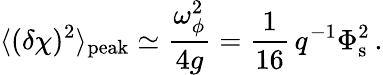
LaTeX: \langle(\delta\chi)^{2}\rangle_{\mathrm{peak}}\simeq\frac{\omega_{\phi}^{2}}{4g}=\frac{1}{16}\, q^{-1}\Phi_{\mathrm{s}}^{2}\, .